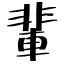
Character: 輩